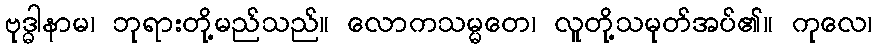
ဗုဒ္ဓါနာမ၊ ဘုရားတို့မည်သည်။ လောကသမ္မတေ၊ လူတို့သမုတ်အပ်၏။ ကုလေ၊